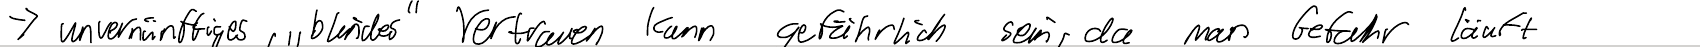
-> unvernünftiges, "blindes" Vertrauen kann gefährlich sein, da man Gefahr läuft